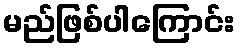
မည်ဖြစ်ပါကြောင်း